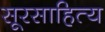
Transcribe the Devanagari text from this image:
सूरसाहित्य